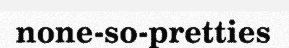
none-so-pretties